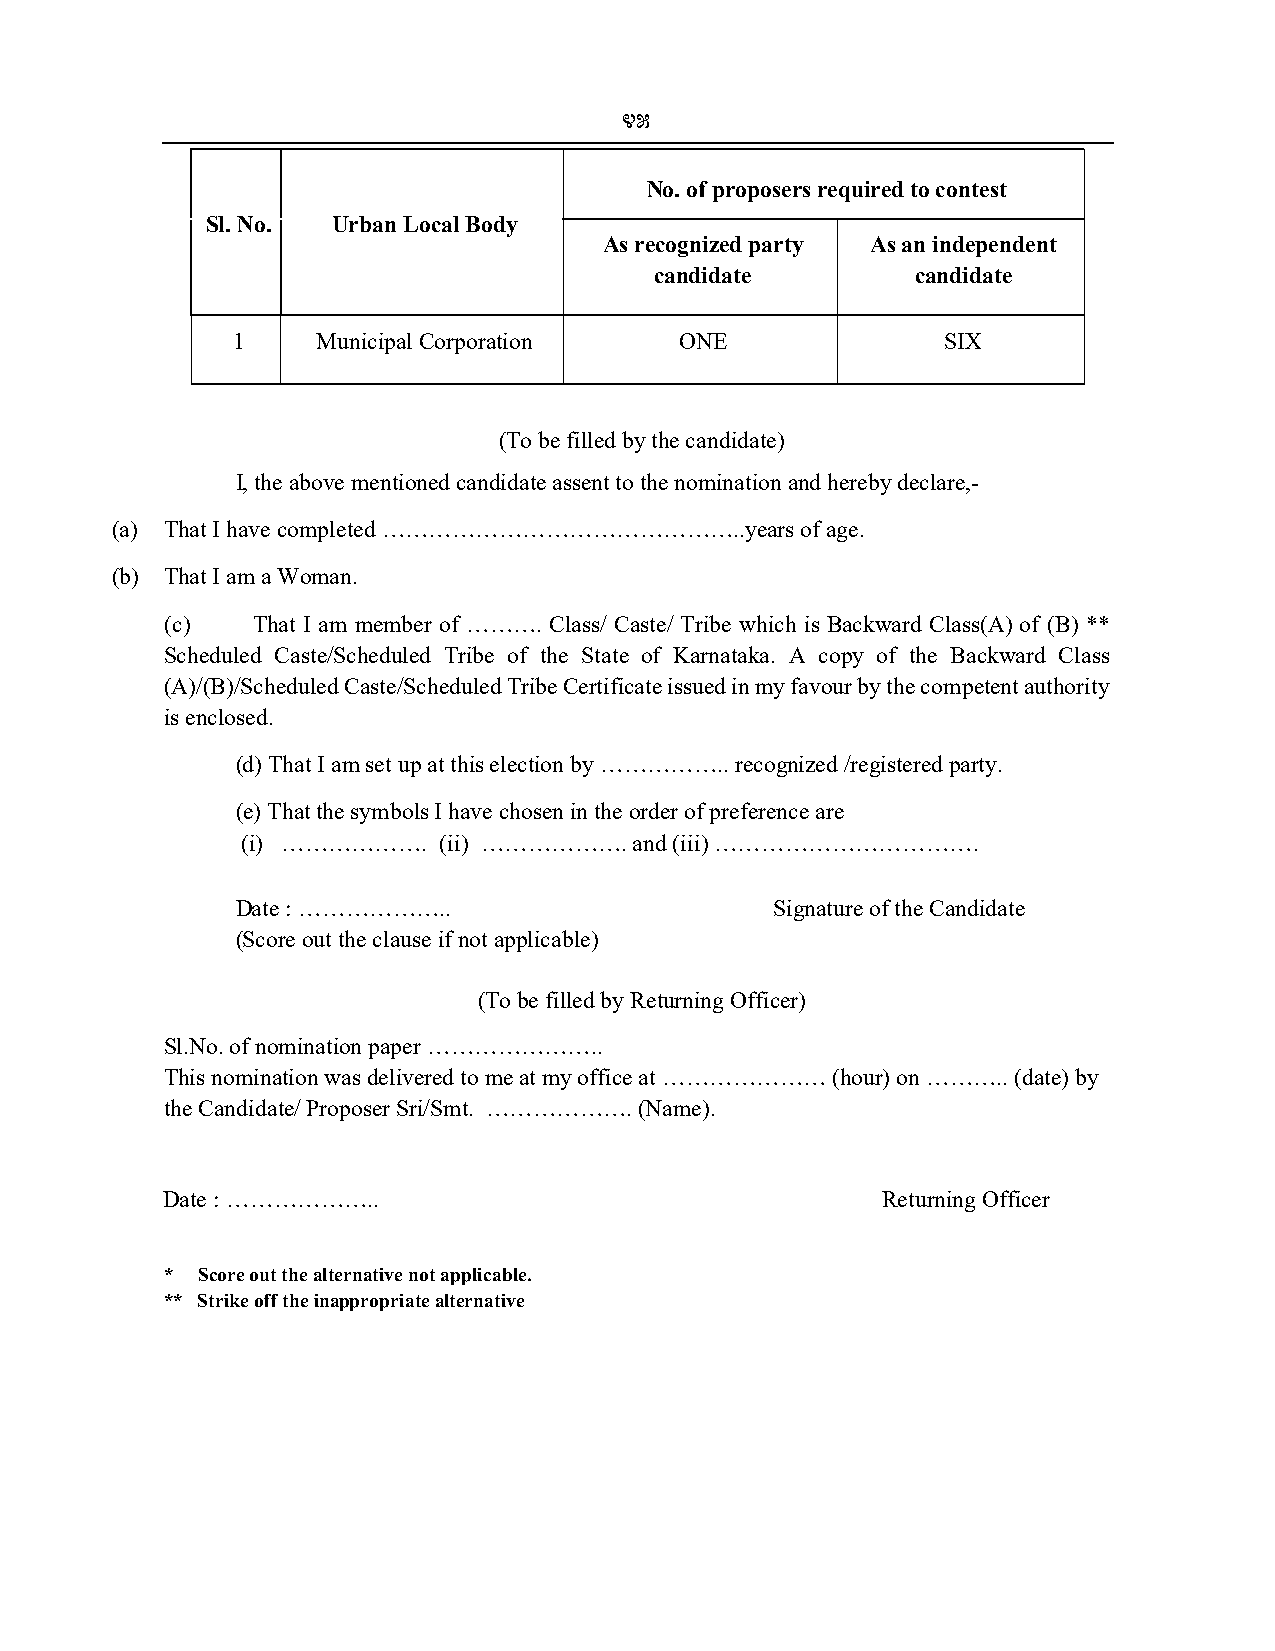
45
 No. of proposers required to contest
 Sl. No. Urban Local Body
 As recognized party As an independent
 candidate         candidate
 1     Municipal Corporation   ONE               SIX
 (To be filled by the candidate)
 I, the above mentioned candidate assent to the nomination and hereby declare,-
 (a) That I have completed ………………………………………..years of age.
 (b) That I am a Woman.
 (c)   That I am member of ………. Class/ Caste/ Tribe which is Backward Class(A) of (B) **
 Scheduled Caste/Scheduled Tribe of the State of Karnataka. A copy of the Backward Class
 (A)/(B)/Scheduled Caste/Scheduled Tribe Certificate issued in my favour by the competent authority
 is enclosed.
 (d) That I am set up at this election by …………….. recognized /registered party.
 (e) That the symbols I have chosen in the order of preference are
 (i) ……………….  (ii) ………………. and (iii) …………………………….
 Date : ………………..                    Signature of the Candidate
 (Score out the clause if not applicable)
 (To be filled by Returning Officer)
 Sl.No. of nomination paper …………………..
 This nomination was delivered to me at my office at ………………… (hour) on ……….. (date) by
 the Candidate/ Proposer Sri/Smt. ………………. (Name).
 Date : ………………..                                Returning Officer
 * Score out the alternative not applicable.
 ** Strike off the inappropriate alternative